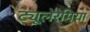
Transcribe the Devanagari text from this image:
ट्यूलेरेमिया